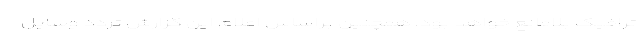
ترافیک بلامانع خواهد بود. همچنین براساس اعلام این گزارش تردد وسایل